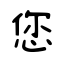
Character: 您